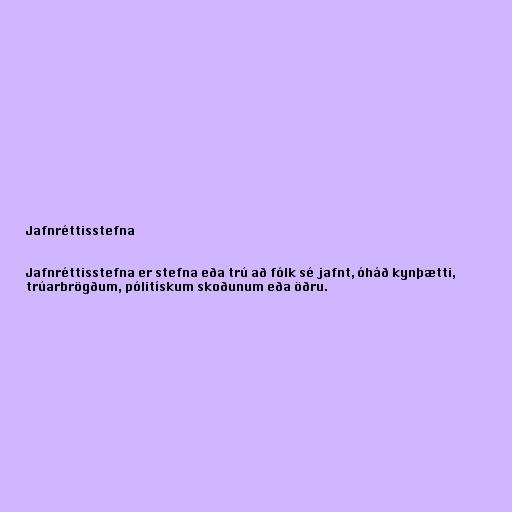
Jafnréttisstefna

Jafnréttisstefna er stefna eða trú að fólk sé jafnt, óháð kynþætti,
trúarbrögðum, pólitískum skoðunum eða öðru.